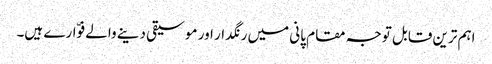
اہم ترین قابل توجہ مقام پانی میں رنگدار اور موسیقی دینے والے فوّارے ہیں۔